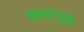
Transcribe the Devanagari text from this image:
रूपांपुढे